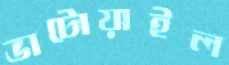
ভাটোয়াইল